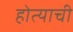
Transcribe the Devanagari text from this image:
होत्याची